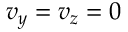
v _ { y } = v _ { z } = 0